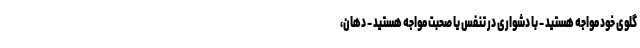
گلوی خود مواجه هستید - با دشواری در تنفس یا صحبت مواجه هستید - دهان،